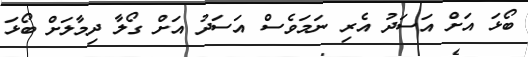
ބޯޅަ އަށް އަސަދު އެރި ނަމަވެސް އަސަދު އަށް ގޯލާ ދިމާލަށް ބޯޅަ